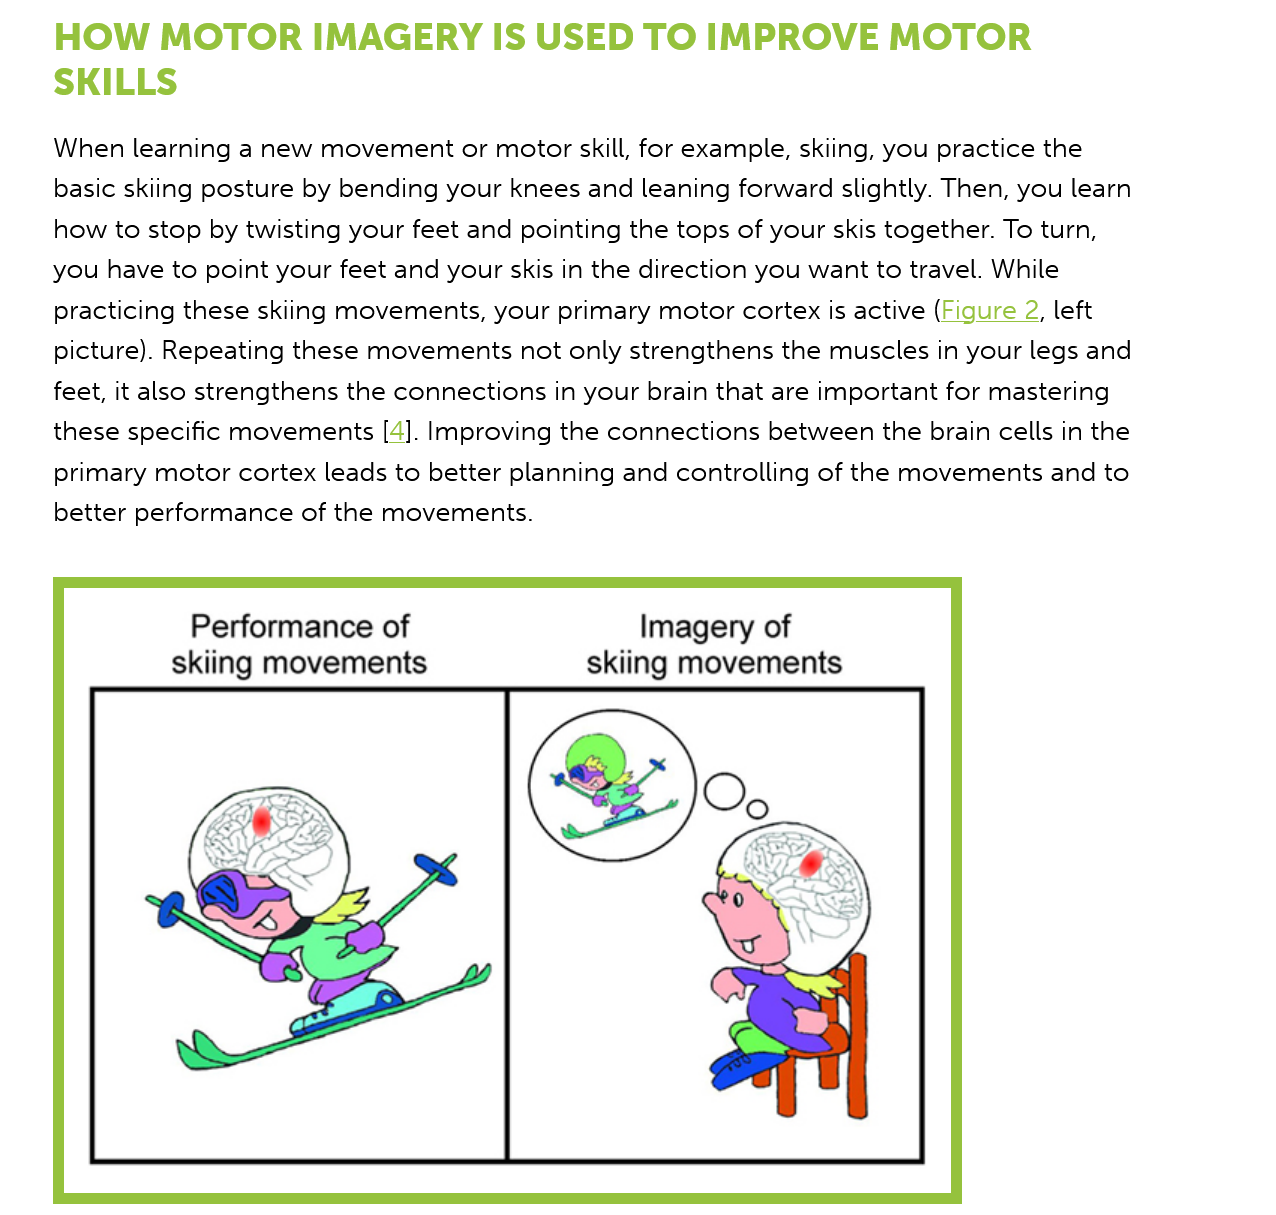
HOW    MOTOR    IMAGERY    IS    USED   TO   IMPROVE    MOTOR
    SKILLS
     Nhen learning a new movement or motor skill, for example, skiing, you practice the
     asic skiing posture by bending your knees and leaning forward slightly. Then, you learn
     row to stop by twisting your feet and pointing the tops of your skis together. To turn,
     you have to point your feet and your skis in the direction you want to travel. While
     oracticing these skiing movements, your primary motor cortex is active (Figure
     2,
     left
     dicture). Repeating these movements not only strengthens the muscles in your legs and
     ‘eet, it also strengthens the connections in your brain that are important for mastering
     hese specific movements [4]. Improving the connections between the brain cells in the
     orimary motor cortex leads to better planning and controlling of the movements and to
     etter performance of the movements.
     Performance   of    Imagery  of
     skiing movements    skiing movements